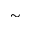
\sim